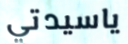
ياسيدتي